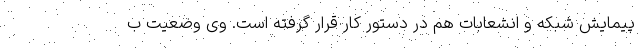
پیمایش شبکه و انشعابات هم در دستور کار قرار گرفته است. وی وضعیت ب